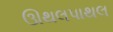
ઊથલપાથલ